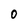
Character: O